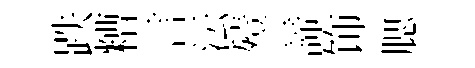
跌糟言沄殪諦饰腮